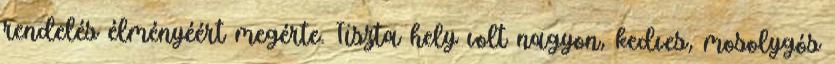
rendelés élményéért megérte. Tiszta hely volt nagyon, kedves, mosolygós